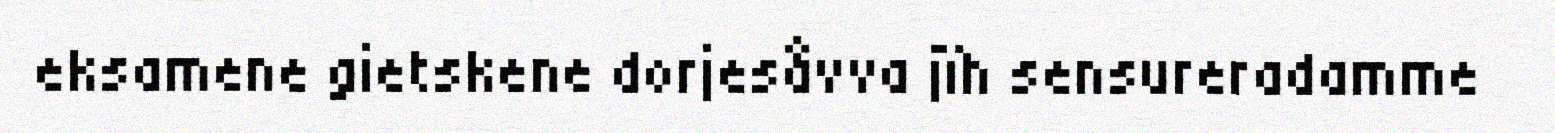
eksamene gietskene dorjesåvva jïh sensureradamme